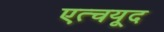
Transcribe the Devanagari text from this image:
एत्चयूद